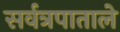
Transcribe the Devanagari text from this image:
सर्वत्रपाताले